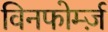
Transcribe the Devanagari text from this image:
विनफोर्म्ज़